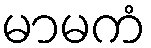
မာမကံ